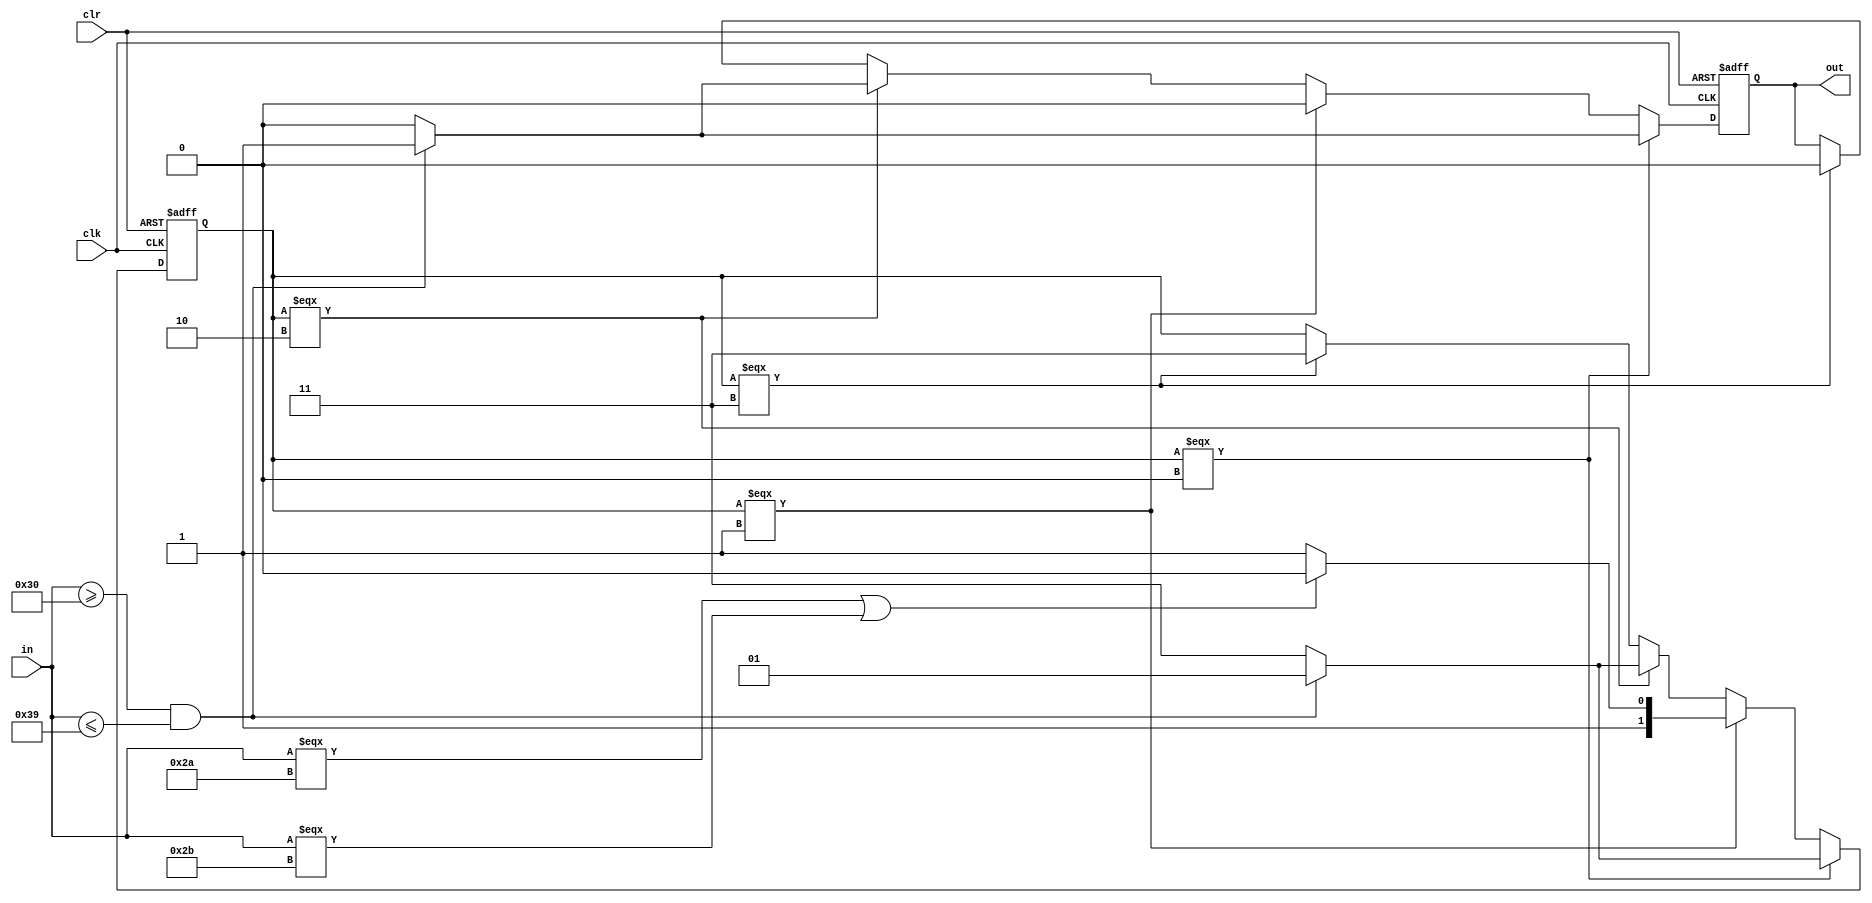
`timescale 1ns / 1ps
//////////////////////////////////////////////////////////////////////////////////
// Company: 
// Engineer: 
// 
// Design Name: 
// Module Name:    string 
// Project Name: 
// Target Devices: 
// Tool versions: 
// Description: 
//
// Dependencies: 
//
// Revision: 
// Revision 0.01 - File Created
// Additional Comments: 
//
//////////////////////////////////////////////////////////////////////////////////
module string(
	input clk,
	input clr,
	input [7:0]in,
	output reg out
    );
	 reg [1:0]zz = 0;
always@(posedge clr or posedge clk)
	begin
	if(clr)
		begin
			zz <= 0;
			out <= 0;
		end
	else if(zz === 0)
		begin
			if(in >= 48 && in <= 57)
				begin
					zz <= 1;
					out <= 1;
				end
			else
				begin
					zz <= 3;
					out <= 0;
				end
		end
	else if(zz === 1)
		begin
			if(in === 42 || in === 43)
				begin
					zz <= 2;
					out <= 0;
				end
			else
				begin
					zz <= 3;
					out <= 0;
				end
		end
	else if(zz === 2)
		begin
			if(in >= 48 && in <= 57)
				begin
					zz <= 1;
					out <= 1;
				end
			else
				begin
					zz <= 3;
					out <= 0;
				end
		end	
	else if(zz === 3)
		begin
			zz <= 3;
			out <= 0;
		end
	end
endmodule